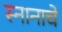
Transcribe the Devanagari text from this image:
स्नानाचे